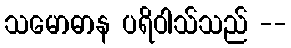
သမောဓာန ပရိဝါသ်သည် --